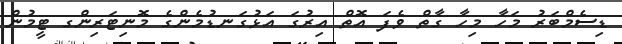
ޑިސެމްބަރު މަހާ މިހާ ގާތް ވެފަ އޮތް އިރުގަ އަޅުގަނޑުމެންގެ މޮނިޓަރިންގ ޓީމުން